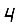
Digit: 4